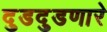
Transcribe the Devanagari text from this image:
दुडदुडणारे